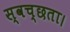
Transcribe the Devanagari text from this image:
स्वच्छता।